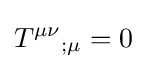
T^{\mu \nu }{}_{;\mu }=0